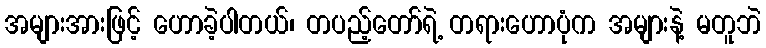
အများအားဖြင့် ဟောခဲ့ပါတယ်၊ တပည့်တော်ရဲ့ တရားဟောပုံက အများနဲ့ မတူဘဲ